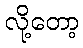
လို့တော့